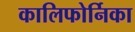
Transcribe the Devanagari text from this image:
कालिफोर्निका